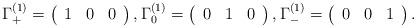
LaTeX: \begin{align*}\Gamma_{+}^{(1)} = \left(\begin{array}{ccc}1 & 0 & 0\end{array}\right), \Gamma_{0}^{(1)} = \left(\begin{array}{ccc}0 & 1 & 0\end{array}\right), \Gamma_{-}^{(1)} = \left(\begin{array}{ccc}0 & 0 & 1\end{array}\right).\end{align*}